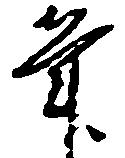
筆